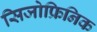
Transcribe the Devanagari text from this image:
सिजोफ्रिनिक